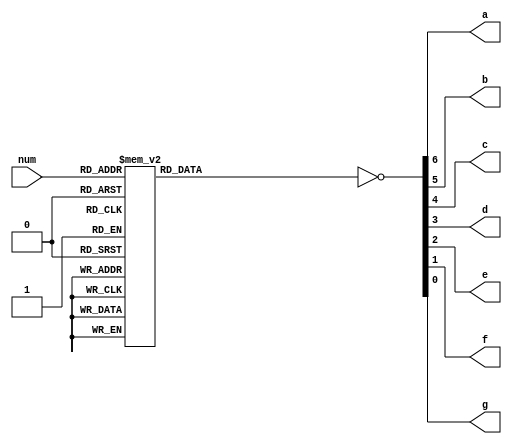
`timescale 1ns / 1ps

module sevenseg(
    input [3:0] num,
    output a,
    output b,
    output c,
    output d,
    output e,
    output f,
    output g
    );
    
    reg [6:0] intseg;
    assign {a,b,c,d,e,f,g} = ~intseg;
    
    always@*
    begin
        case(num)
            4'h0: intseg = 7'b1111110;
            4'h1: intseg = 7'b0110000;
            4'h2: intseg = 7'b1101101;
            4'h3: intseg = 7'b1111001;
            4'h4: intseg = 7'b0110011;
            4'h5: intseg = 7'b1011011;
            4'h6: intseg = 7'b1011111;
            4'h7: intseg = 7'b1110000;
            4'h8: intseg = 7'b1111111;
            4'h9: intseg = 7'b1111011;
            4'ha: intseg = 7'b1110111;
            4'hb: intseg = 7'b0011111;
            4'hc: intseg = 7'b1001110;
            4'hd: intseg = 7'b0111101;
            4'he: intseg = 7'b1001111;
            4'hf: intseg = 7'b1000111;
        endcase
    end
            
            
endmodule